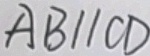
A B / / C D